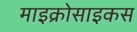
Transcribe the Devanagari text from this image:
माइक्रोसाइकस